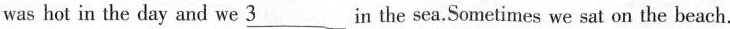
was hot in the day and we \underline{3}in the sea.Sometimes we sat on the beach.